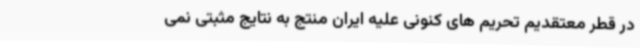
در قطر معتقدیم تحریم های کنونی علیه ایران منتج به نتایج مثبتی نمی